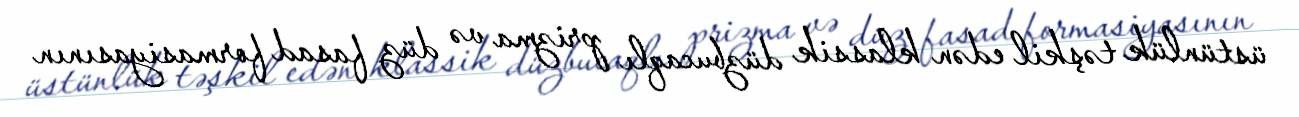
üstünlük təşkil edən klassik düzbucaqlı prizma və düz fasad formasiyasının